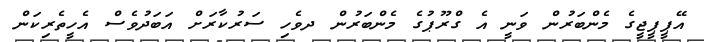
އޭޕީޕީޖީގެ މެންބަރުން ވަނީ އެ ގްރޫޕުގެ މެންބަރުން ދވެހި ސަރުކާރަށް އަބަދުވެސް އެހީތެރިކަން